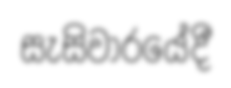
සැසිවාරයේදී